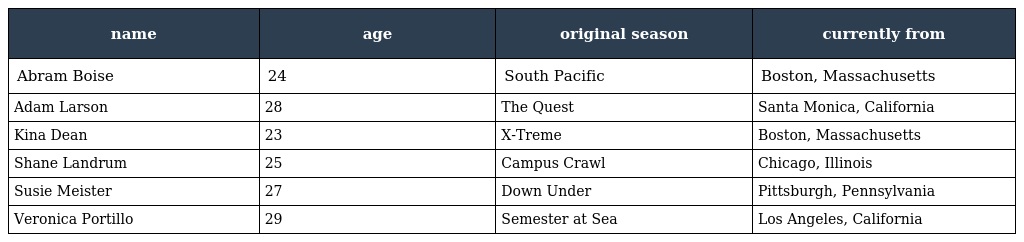
| name | age | original season | currently from |
 | --- | --- | --- | --- |
 | Abram Boise | 24 | South Pacific | Boston, Massachusetts |
 | Adam Larson | 28 | The Quest | Santa Monica, California |
 | Kina Dean | 23 | X-Treme | Boston, Massachusetts |
 | Shane Landrum | 25 | Campus Crawl | Chicago, Illinois |
 | Susie Meister | 27 | Down Under | Pittsburgh, Pennsylvania |
 | Veronica Portillo | 29 | Semester at Sea | Los Angeles, California |